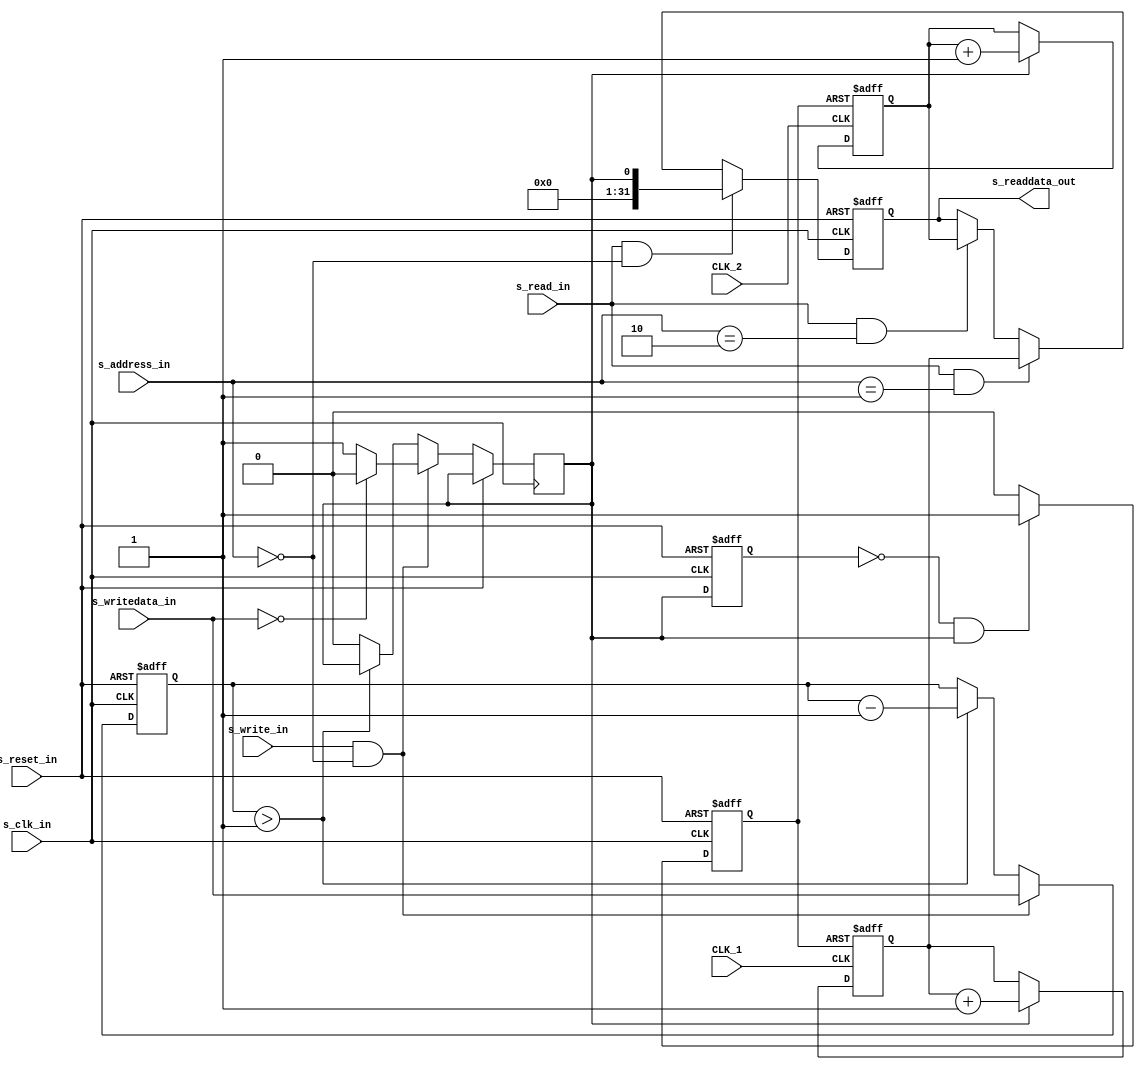
module TERASIC_CLOCK_COUNT(
	// avalon bus
	s_clk_in,
	s_reset_in,
	s_address_in,
	s_read_in,
	s_readdata_out,
	s_write_in,
	s_writedata_in,
	// clock bus
	CLK_1,
	CLK_2
	
);

`define REG_START		2'b00
`define REG_READ_CLK1	2'b01
`define REG_READ_CLK2	2'b10

input			s_clk_in;
input			s_reset_in;
input	[1:0]	s_address_in;
input			s_read_in;
output	[31:0]	s_readdata_out;
input			s_write_in;
input	[31:0]	s_writedata_in;

input			CLK_1;
input			CLK_2;

reg		[31:0]	s_readdata_out;

reg				counting_now;
reg		[31:0]	cnt_down;



//===== control
// avalon write
always @ (posedge s_clk_in or posedge s_reset_in)
begin
	if (s_reset_in)
		cnt_down <= 0;
	else if (s_write_in && s_address_in == `REG_START)
	begin
		cnt_down <= s_writedata_in;//[15:0];
		counting_now <= (s_writedata_in == 0)?1'b0:1'b1;
	end
	else if (cnt_down > 1)
		cnt_down <= cnt_down - 1;
	else
		counting_now <= 1'b0;
end

// avalon read
always @ (posedge s_clk_in or posedge s_reset_in)
begin
	if (s_reset_in)
		s_readdata_out <= 0;
	else if (s_read_in && s_address_in == `REG_START)
		s_readdata_out <= {31'h0, counting_now};
	else if (s_read_in && s_address_in == `REG_READ_CLK1)
		s_readdata_out <= clk1_cnt;//{16'h0000, clk1_cnt};
	else if (s_read_in && s_address_in == `REG_READ_CLK2)
		s_readdata_out <= clk2_cnt;//{16'h0000, clk2_cnt};
end

// generate async count tigger
reg pre_counting_now;
always @ (posedge s_clk_in or posedge s_reset_in)
begin
	if (s_reset_in)
		pre_counting_now <= 1'b0;
	else
		pre_counting_now <= counting_now;
		
end

reg	trigger_send;
always @ (posedge s_clk_in or posedge s_reset_in)
begin
	if (s_reset_in)
		trigger_send <= 1'b0;
	else if (~pre_counting_now & counting_now)
		trigger_send <= 1'b1;
	else
		trigger_send <= 1'b0;
end


//===== count
reg		[31:0]	clk1_cnt;
reg		[31:0]	clk2_cnt;

//assign counting_now = (cnt_down == 32'b0)?1'b0:1'b1;

always @ (posedge CLK_1 or posedge trigger_send)
begin
	if (trigger_send)
		clk1_cnt <= 0;
	else if (counting_now)
	begin
		clk1_cnt <= clk1_cnt + 1;
	end
end

always @ (posedge CLK_2 or posedge trigger_send)
begin
	if (trigger_send)
	begin
		clk2_cnt <= 0;
	end
	else if (counting_now)
	begin
		clk2_cnt <= clk2_cnt + 1;
	end
end


endmodule